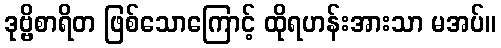
ဒုဗ္ဗိစာရိတ ဖြစ်သောကြောင့် ထိုရဟန်းအားသာ မအပ်။